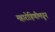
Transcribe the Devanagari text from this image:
महारोहिणीमधून